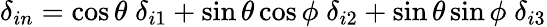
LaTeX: \delta_{in}=\cos\theta\; \delta_{i1}+\sin\theta\cos\phi\; \delta_{i2}+\sin\theta\sin\phi\; \delta_{i3}